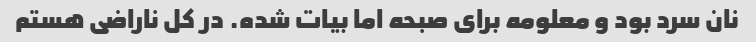
نان سرد بود و معلومه برای صبحه اما بیات شده. در کل ناراضی هستم